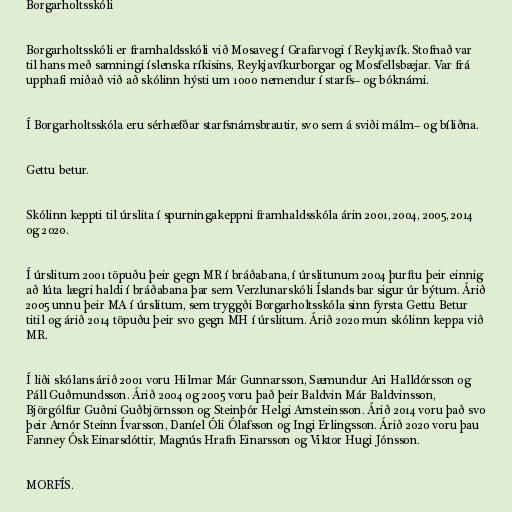
Borgarholtsskóli

Borgarholtsskóli er framhaldsskóli við Mosaveg í Grafarvogi í Reykjavík. Stofnað var
til hans með samningi íslenska ríkisins, Reykjavíkurborgar og Mosfellsbæjar. Var frá
upphafi miðað við að skólinn hýsti um 1000 nemendur í starfs– og bóknámi.

Í Borgarholtsskóla eru sérhæfðar starfsnámsbrautir, svo sem á sviði málm– og bíliðna.

Gettu betur.

Skólinn keppti til úrslita í spurningakeppni framhaldsskóla árin 2001, 2004, 2005, 2014
og 2020.

Í úrslitum 2001 töpuðu þeir gegn MR í bráðabana, í úrslitunum 2004 þurftu þeir einnig
að lúta lægri haldi í bráðabana þar sem Verzlunarskóli Íslands bar sigur úr býtum. Árið
2005 unnu þeir MA í úrslitum, sem tryggði Borgarholtsskóla sinn fyrsta Gettu Betur
titil og árið 2014 töpuðu þeir svo gegn MH í úrslitum. Árið 2020 mun skólinn keppa við
MR.

Í liði skólans árið 2001 voru Hilmar Már Gunnarsson, Sæmundur Ari Halldórsson og
Páll Guðmundsson. Árið 2004 og 2005 voru það þeir Baldvin Már Baldvinsson,
Björgólfur Guðni Guðbjörnsson og Steinþór Helgi Arnsteinsson. Árið 2014 voru það svo
þeir Arnór Steinn Ívarsson, Daníel Óli Ólafsson og Ingi Erlingsson. Árið 2020 voru þau
Fanney Ósk Einarsdóttir, Magnús Hrafn Einarsson og Viktor Hugi Jónsson.

MORFÍS.